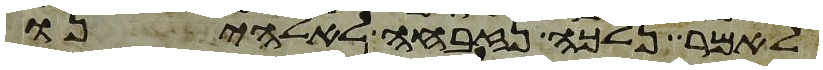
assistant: לאמר נלכה נזבחה לאלהינו